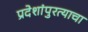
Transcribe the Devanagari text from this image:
प्रदेशांपुरत्याचा